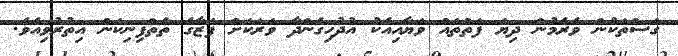
ގަސްތަކުން ވެރެމުން ދިޔަ ފަތްތައް ވަޔާއިއެކު އުދުހިގެންދާ ވަރަކަށް ފަޒާގެ ތެތްފިނިކަން އިތުރުވިއެވެ.